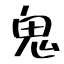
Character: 鬼